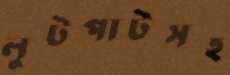
লুটপাটসহ